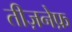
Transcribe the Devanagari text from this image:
तीज़नेफ़